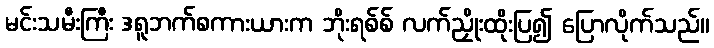
မင်းသမီးကြီး ဒရူဘက်စကားယားက ဘိုးရစ်စ် လက်ညှိုးထိုးပြ၍ ပြောလိုက်သည်။